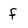
Character: f